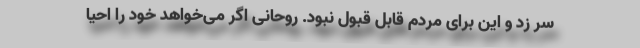
سر زد و این برای مردم قابل قبول نبود. روحانی اگر می‌خواهد خود را احیا